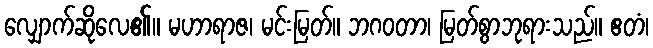
လျှောက်ဆိုလေ၏။ မဟာရာဇ၊ မင်းမြတ်။ ဘဂဝတာ၊ မြတ်စွာဘုရားသည်။ ဧတံ၊